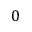
0